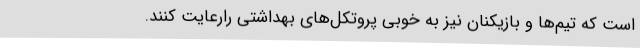
است که تیم‌ها و بازیکنان نیز به خوبی پروتکل‌های بهداشتی رارعایت کنند.